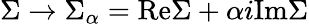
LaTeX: \Sigma\rightarrow\Sigma_{\alpha}=\mathrm{Re}\Sigma+\alpha i\mathrm{Im}\Sigma